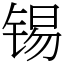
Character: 锡